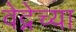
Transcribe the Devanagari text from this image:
वेद्नेच्या